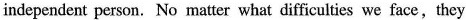
independent person. No matter what difficulties we face,they